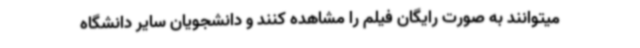
میتوانند به صورت رایگان فیلم را مشاهده کنند و دانشجویان سایر دانشگاه